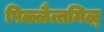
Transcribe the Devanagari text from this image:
पिळ्ळैत्तमिऴ्